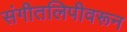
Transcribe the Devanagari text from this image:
संगीतलिपीवरून